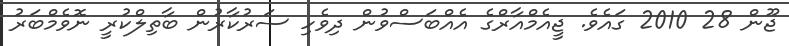
ޖޫން 28 2010 ގައެވެ. ޖީއެމްއާރްގެ އެއްބަސްވުން ދިވެހި ސަރުކާރުން ބާތިލްކުރީ ނޮވެމްބަރު